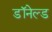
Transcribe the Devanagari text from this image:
डॉनेल्ड